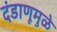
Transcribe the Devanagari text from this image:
दंडाणूमुळे